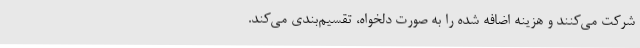
شرکت می‌کنند و هزینه اضافه شده را به صورت دلخواه، تقسیم‌بندی می‌کند.